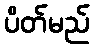
ပိတ်မည်